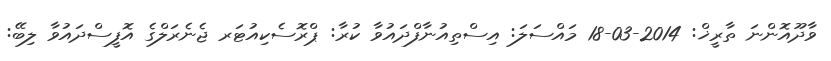
ވާދޫއޮންނަ ތާރީޚް: 2014-03-18 މައްސަލަ: އިސްތިއުނާފްދައުވާ ކުރާ: ޕްރޮސެކިއުޓަރ ޖެނެރަލްގެ އޮފީސްދައުވާ ލިބޭ: